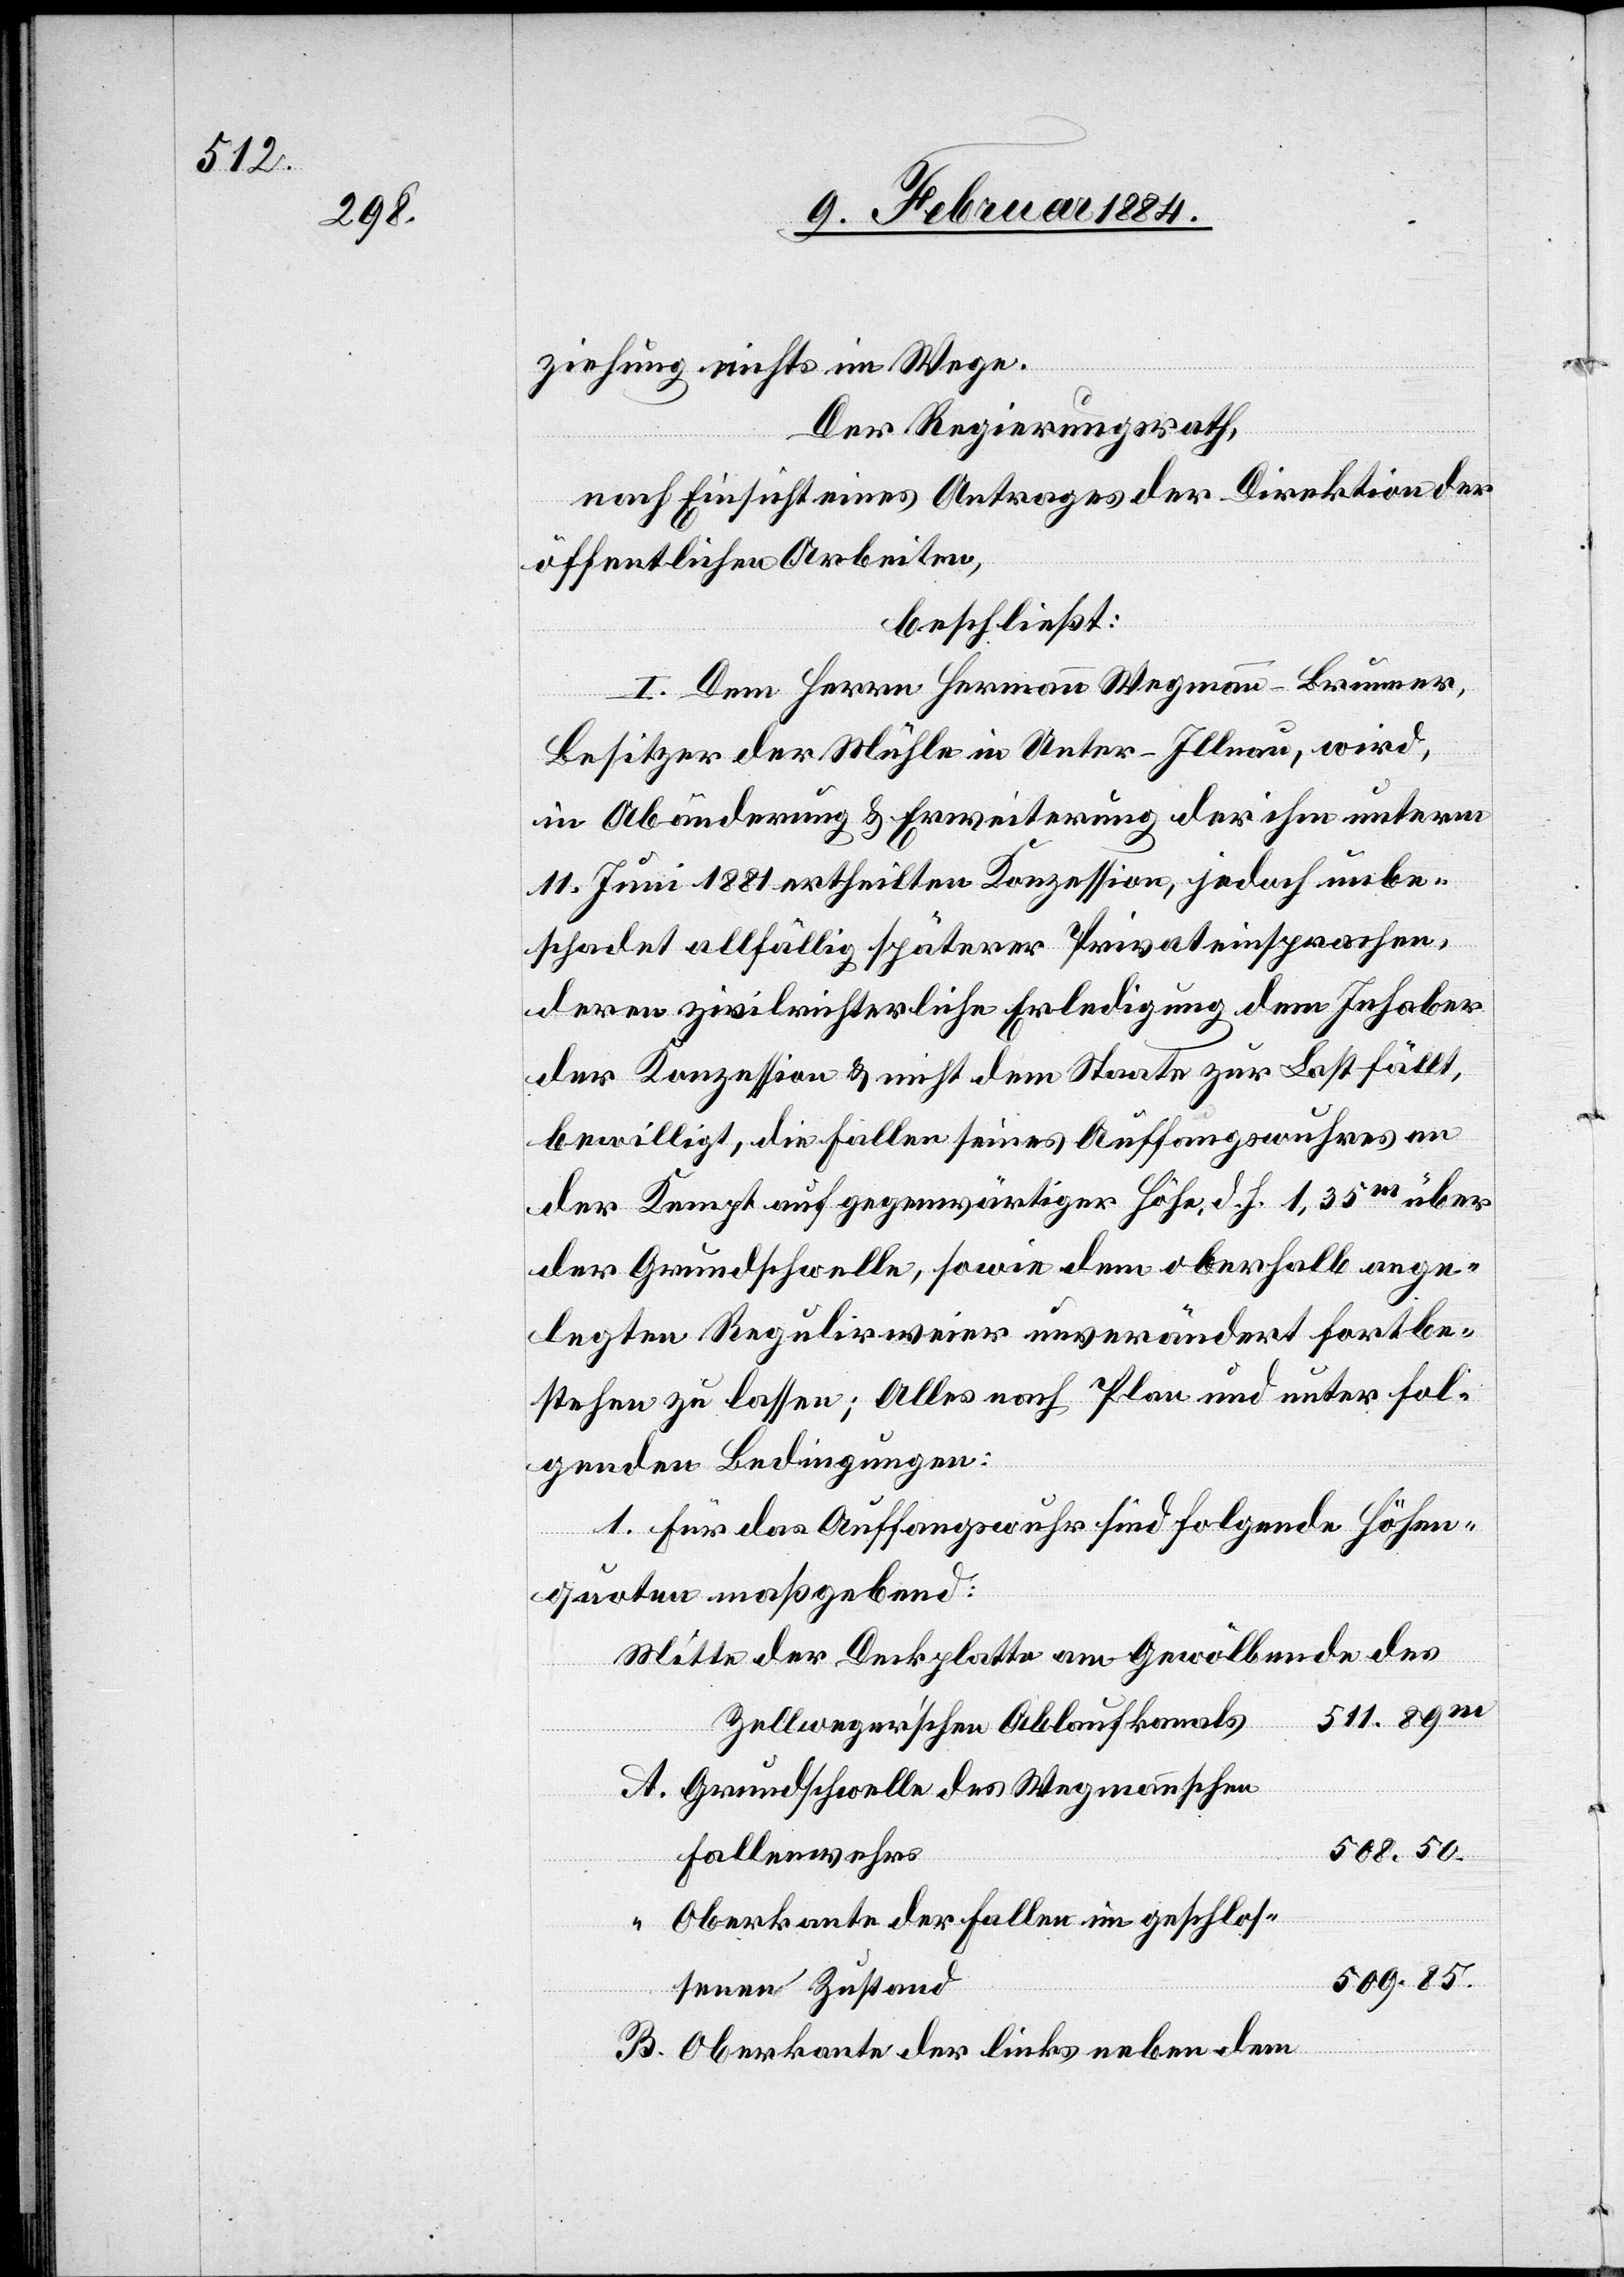
ziehung nichts im Wege.
“
Der Regierungsrath,
nach Einsicht eines Antrages der Direktion der
öffentlichen Arbeiten,
beschließt:
I. Dem Herrn Hermann Wegmann-Brunner,
Besitzer der Mühle in Unter-Illnau, wird,
in Abänderung & Erweiterung der ihm unterm
11. Juni 1881 ertheilten Konzession, jedoch unbe¬
schadet allfällig späterer Privateinsprachen,
deren zivilrichterliche Erledigung dem Inhaber
der Konzession & nicht dem Staate zur Last fällt,
bewilligt, die Fallen seines Auffangswuhres an
der Kempt auf gegenwärtiger Höhe, d. h. 1,35m üb¬
er Grundschwelle, sowie den oberhalb ange¬
legten Regulirweier unverändert fortbe¬
stehen zu lassen; Alles nach Plan und unter fol¬
genden Bedingungen:
1. Für das Auffangswuhr sind folgende Höhen¬
quoten maßgebend:
Mitte der Deckplatte am Gewölbe des
511.89
Zellweger’schen Ablaufkanals
Grundschwelle des Wegmannschen
508.50
Oberkante der Fallen im geschlos¬
509.85
senen Zustand
Oberkante der links neben dem